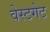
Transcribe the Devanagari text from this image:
वेस्टगेट